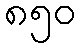
၈၅၀